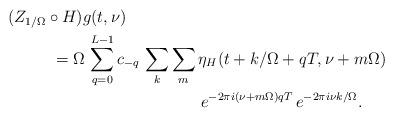
LaTeX: \begin{align*}(Z_{1/\Omega}\circ H)g(t,\nu) & \\ & \hskip-.75in = \Omega\,\sum_{q=0}^{L-1} c_{-q}\,\sum_{k}\sum_{m} \eta_H(t+k/\Omega+qT,\nu+m\Omega) \\ & \hskip.75in e^{-2\pi i(\nu+m\Omega)qT}\,e^{-2\pi i\nu k/\Omega}. \end{align*}